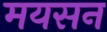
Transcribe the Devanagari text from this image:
मयसन